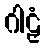
ဂါဠှံ